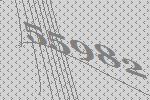
55982